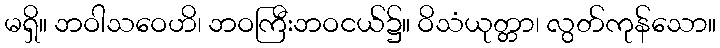
မရှိ။ ဘဝါသဝေဟိ၊ ဘဝကြီးဘဝငယ်၌။ ဝိသံယုတ္တာ၊ လွတ်ကုန်သော။